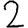
Digit: 2